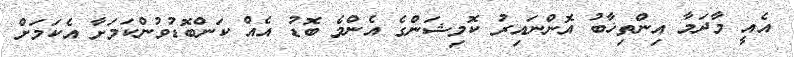
އެއީ މާދަމާ އިންތިޚާބު އޮންނައިރު ކޮމިޝަންގެ އެންމެ ބޮޑު އެއް ކަންބޮޑުވުންކަމަށާ އެކަމަށް